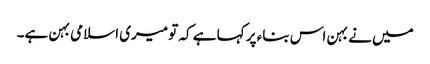
میں نے بہن اس بناء پر کہا ہے کہ تو میری اسلامی بہن ہے۔